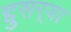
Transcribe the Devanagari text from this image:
द्दुसर्‍या